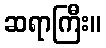
ဆရာကြီး။